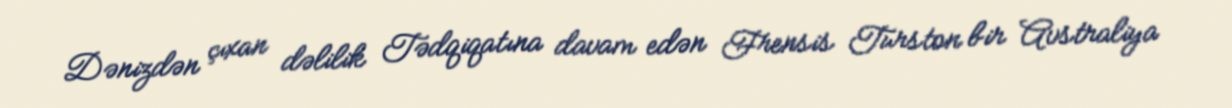
Dənizdən çıxan dəlilik Tədqiqatına davam edən Frensis Turston bir Avstraliya